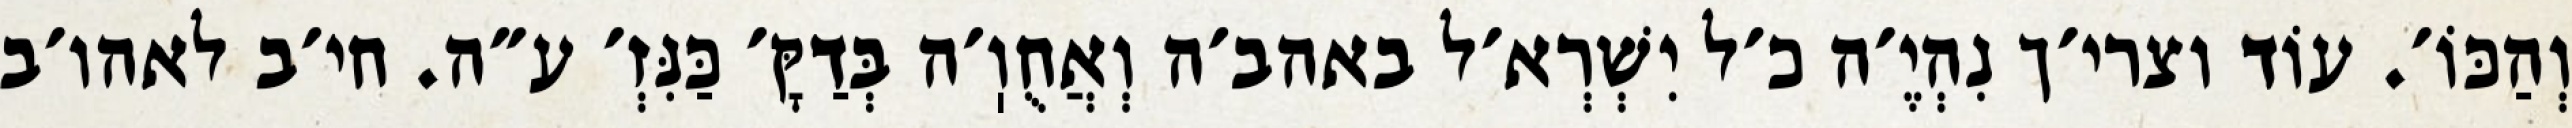
וְהַכּוֹ׳. עוֹד וצרי׳ך נִהְיֶ׳ה כ׳ל יִשְׁרְא׳ל באהב׳ה וְאֲחֻוֽ׳ה בְּדַקָּ׳ כַּנִּזְ׳ ע״ה. חי׳ב לאהו׳ב